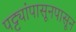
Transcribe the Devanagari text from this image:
पट्ट्यांपासूनपासून